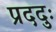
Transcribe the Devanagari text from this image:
प्रददुः